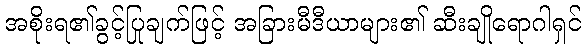
အစိုးရ၏ခွင့်ပြုချက်ဖြင့် အခြားမီဒီယာများ၏ ဆီးချိုရောဂါရှင်